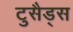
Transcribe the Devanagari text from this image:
टुसैड्स